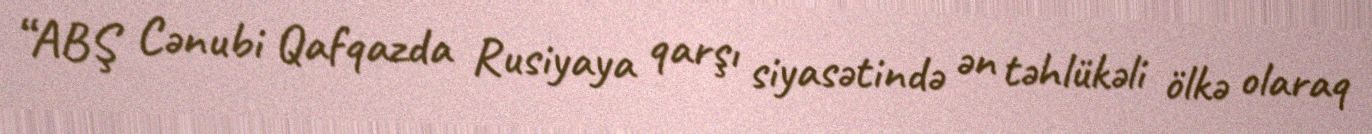
“ABŞ Cənubi Qafqazda Rusiyaya qarşı siyasətində ən təhlükəli ölkə olaraq